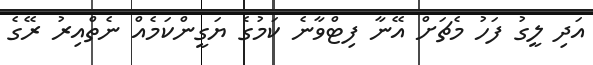
އަދި ލީގު ފަހު މެޗަށް އޭނާ ފިޓްވާނެ ކަމުގެ ޔަގީންކަމެއް ނެތްއިރު ރޭގެ